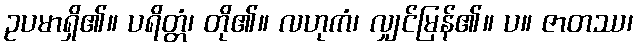
ဥပမာရှိ၏။ ပရိတ္တံ၊ တို၏။ လဟုကံ၊ လျှင်မြန်၏။ ပ။ ဇာတဿ၊